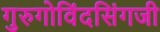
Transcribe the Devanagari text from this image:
गुरुगोविंदसिंगजी